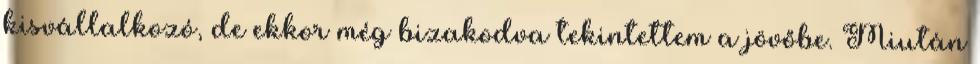
kisvállalkozó, de ekkor még bizakodva tekintettem a jövőbe. Miután